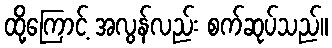
ထို့ကြောင့် အလွန်လည်း စက်ဆုပ်သည်။